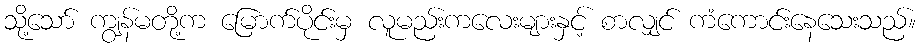
သို့သော် ကျွန်မတို့က မြောက်ပိုင်းမှ လူမည်းကလေးများနှင့် စာလျှင် ကံကောင်းနေသေးသည်။